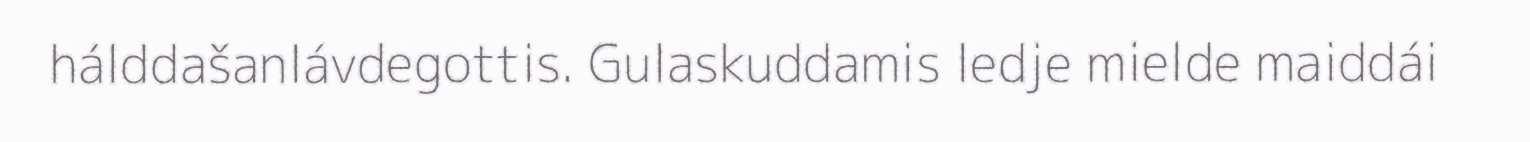
hálddašanlávdegottis. Gulaskuddamis ledje mielde maiddái